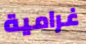
غرامية